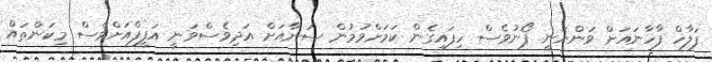
ފަލާހް ފާހާނައަށް ވަންނަނީ ފޯނުވެސް ހިފައިގެން ކަމަށްވުމުން ސަނާއަށް އަދިވެސްވަނީ އަފީފްއަށްވެސް މިކަންތައް